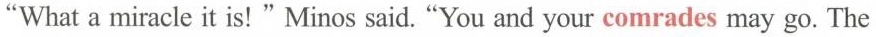
"Whata miracle it is!" Minos said."You and your comrades may go. The